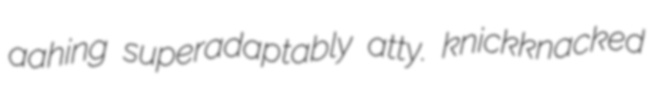
aahing superadaptably atty. knickknacked